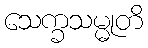
သေက္ခသမ္မုတိ